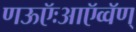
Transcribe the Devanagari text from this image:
णऊऍःआऍव्वॅण्